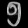
Digit: ၅